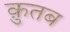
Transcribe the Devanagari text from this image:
क़ुतब